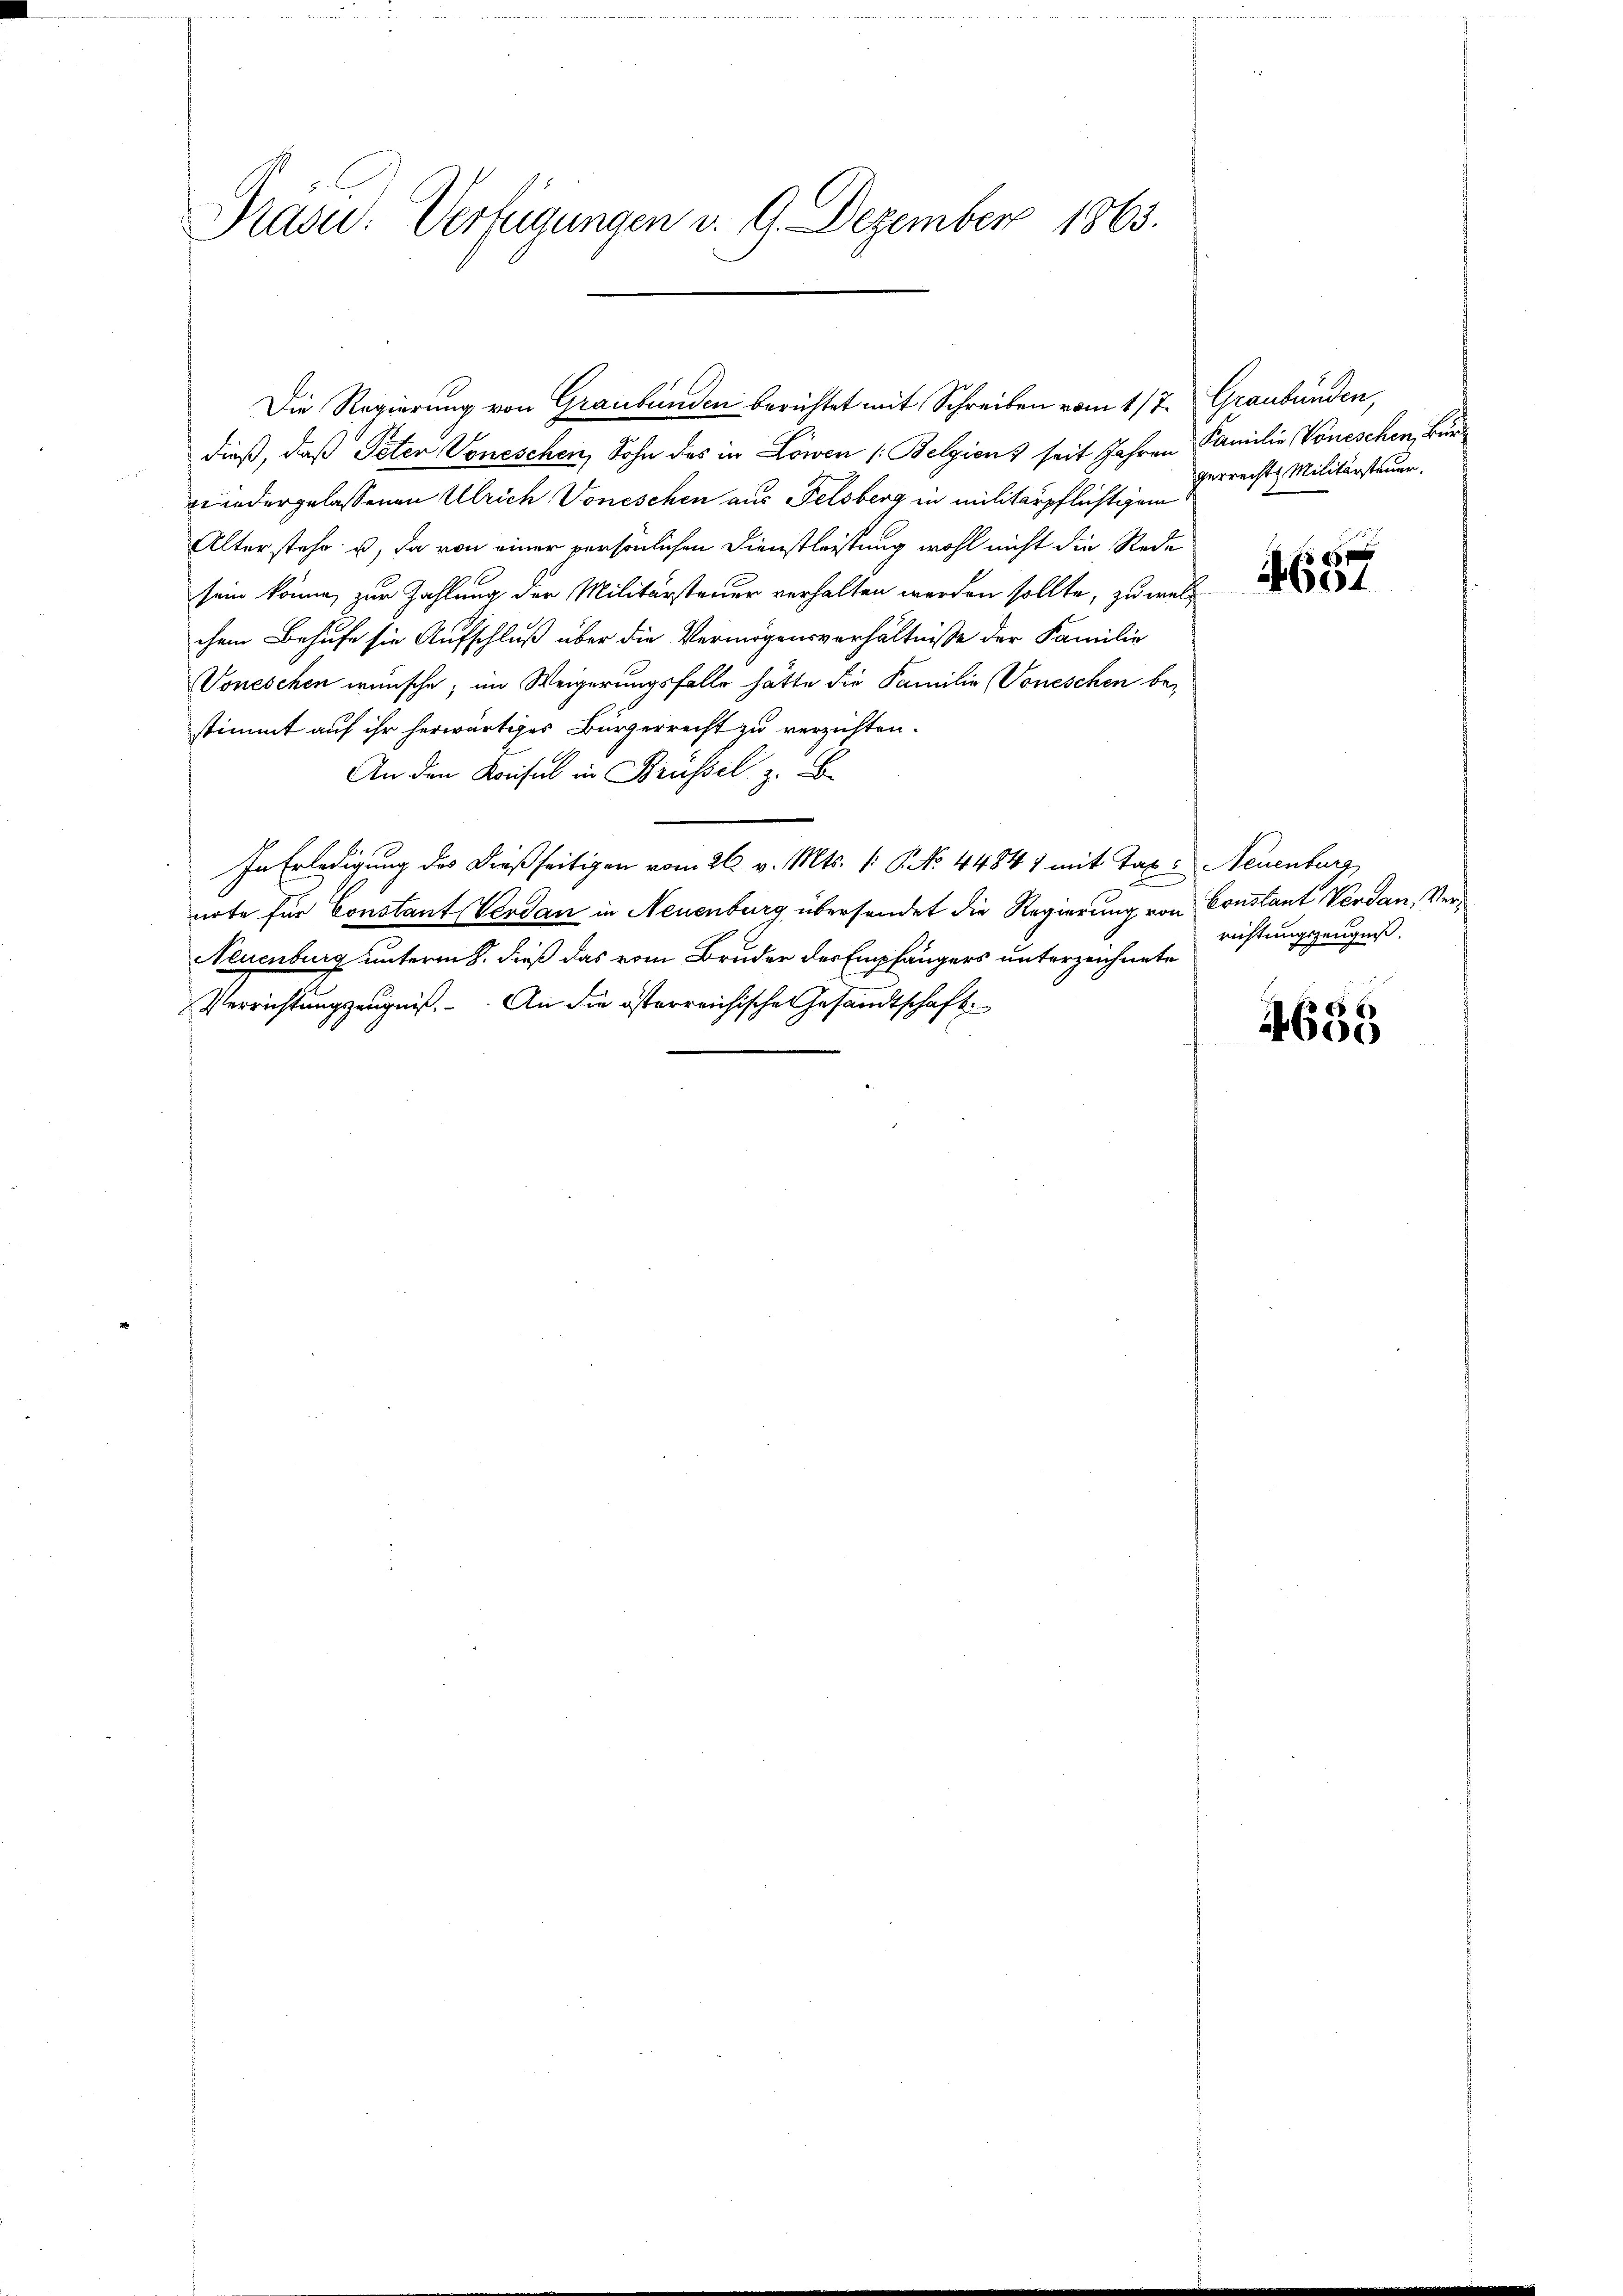
Präsid.: Verfügungen v. 9. Dezember 1863.

dieß, daß Peten Voneschen, Sohn des in Löwen (Belgien & seit Jahren Familie Voneschen, Bürwiedergelassenen Ulrich Voneschen aus Felsberg in militärpflichtigem
Alter stehe u. da von einer persönlichen Dienstleistung wohl nicht die Rede
sein könne, zur Zahlung der Militärsteuer verhalten werden sollte, zu welchem Behufe sie Aufschluß über die Vermögensverhältnisse der Familie
Voneschen wünsche; im Weigerungsfalle hätte die Familie (Voneschen bestimmt auf ihr herwärtiges Bürgerrecht zu verzichten.
An den Konsul in Brüssel, z. B
b.
In Erledigung des dießseitigen vom 26. v. Mts. 1. P. No. 44841 mit Tax: Neuenburg
note für Constant Verdan in Neuenburg übersendet die Regierung von Constant Verdan, Ver¬
Neuenburg unterm 8. dieß das vom Bruder des Empfängers unterzeichnete
Verrichtungszeugniß. An die österreichische Gesandtschaft

Die Regierung von Graubünden berichtet mit Schreiben vom 1/7. Graubünden,

gerrechts Militärsteuer.

x
604

richtungszeugniß,

4635